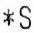
*S